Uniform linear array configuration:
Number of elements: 32
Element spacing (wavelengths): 0.25
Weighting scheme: exponential
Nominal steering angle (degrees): -60
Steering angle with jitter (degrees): -59.576
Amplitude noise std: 0.05
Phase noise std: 0.05

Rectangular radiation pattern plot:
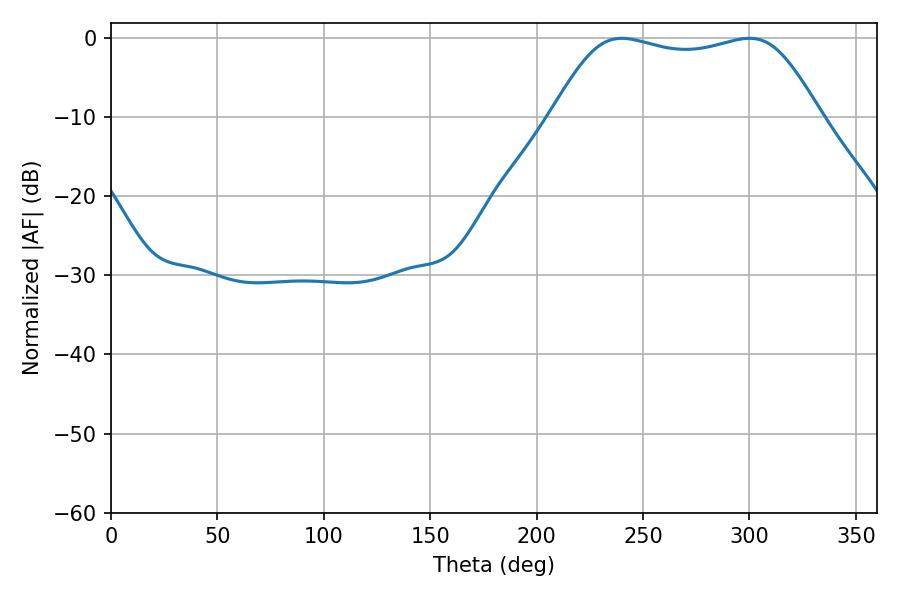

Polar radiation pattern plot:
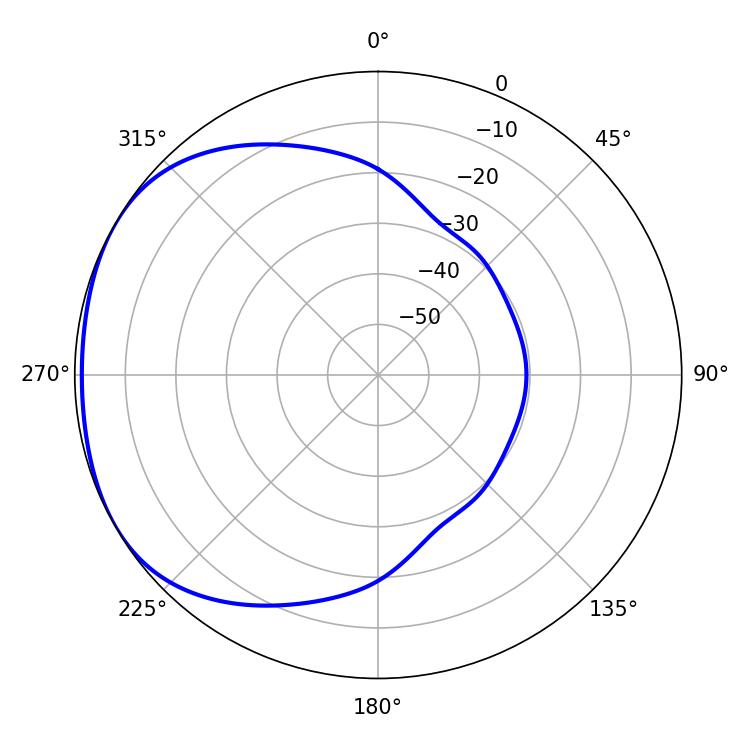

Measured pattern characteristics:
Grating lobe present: FALSE
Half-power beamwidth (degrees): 96.48
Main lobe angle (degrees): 239.94